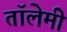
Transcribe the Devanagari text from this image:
तॉलेमी